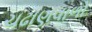
ચઢાણવાળો